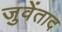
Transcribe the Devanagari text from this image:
जुवेंताद